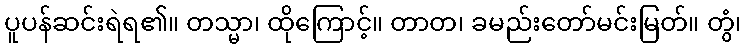
ပူပန်ဆင်းရဲရ၏။ တသ္မာ၊ ထိုကြောင့်။ တာတ၊ ခမည်းတော်မင်းမြတ်။ တွံ၊